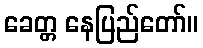
ခေတ္တ နေပြည်တော်။